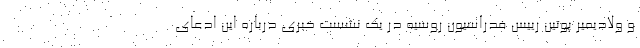
و ولادیمیر پوتین رییس فدراسیون روسیه در یک نشست خبری درباره این ادعای